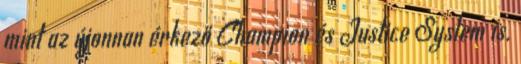
mint az újonnan érkező Champion és Justice System is.